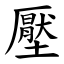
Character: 壓